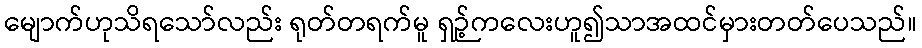
မျောက်ဟုသိရသော်လည်း ရုတ်တရက်မူ ရှဉ့်ကလေးဟူ၍သာအထင်မှားတတ်ပေသည်။